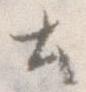
と